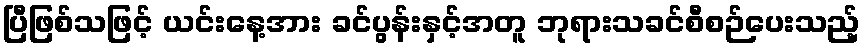
ပြီဖြစ်သဖြင့် ယင်းနေ့အား ခင်ပွန်းနှင့်အတူ ဘုရားသခင်စီစဉ်ပေးသည့်